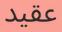
عقيد